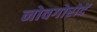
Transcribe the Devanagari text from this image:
नोवगोरोदें